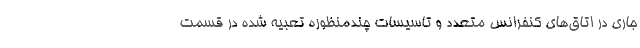
جاری در اتاق‌های کنفرانس متعدد و تاسیسات چندمنظوره تعبیه شده در قسمت